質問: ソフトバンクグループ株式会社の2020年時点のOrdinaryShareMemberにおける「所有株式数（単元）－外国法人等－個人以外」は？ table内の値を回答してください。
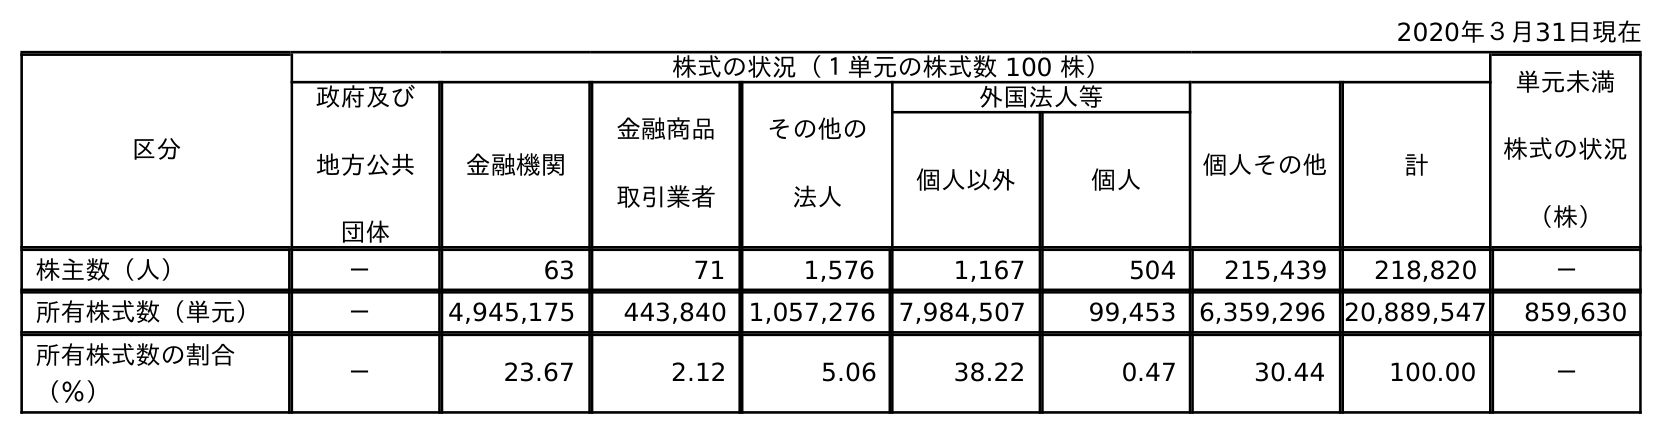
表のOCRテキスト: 2020年３月31日現在 区分 株式の状況（１単元の株式数 100 株） 単元未満 株式の状況 （株） 政府及び 地方公共 団体 金融機関 金融商品 取引業者 その他の 法人 外国法人等 個人その他 計 個人以外 個人 株主数（人） － 63 71 1,576 1,167 504 215,439 218,820 － 所有株式数（単元） － 4,945,175 443,840 1,057,276 7,984,507 99,453 6,359,296 20,889,547 859,630 所有株式数の割合 （％） － 23.67 2.12 5.06 38.22 0.47 30.44 100.00 －
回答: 7,984,507